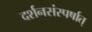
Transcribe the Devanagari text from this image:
दर्शनसंस्पर्षात्